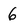
Character: 6